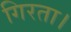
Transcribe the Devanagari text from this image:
गिरता।